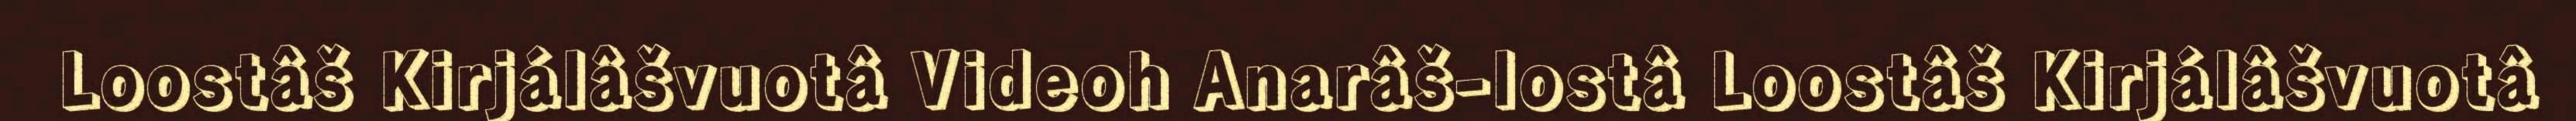
Loostâš Kirjálâšvuotâ Videoh Anarâš-lostâ Loostâš Kirjálâšvuotâ